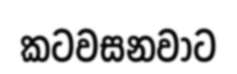
කටවසනවාට